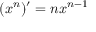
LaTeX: ( x ^ { n } ) ^ { \prime } = n x ^ { n - 1 }